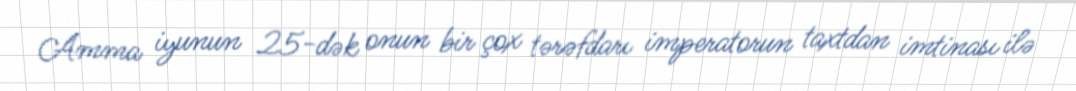
Amma iyunun 25-dək onun bir çox tərəfdarı imperatorun taxtdan imtinası ilə